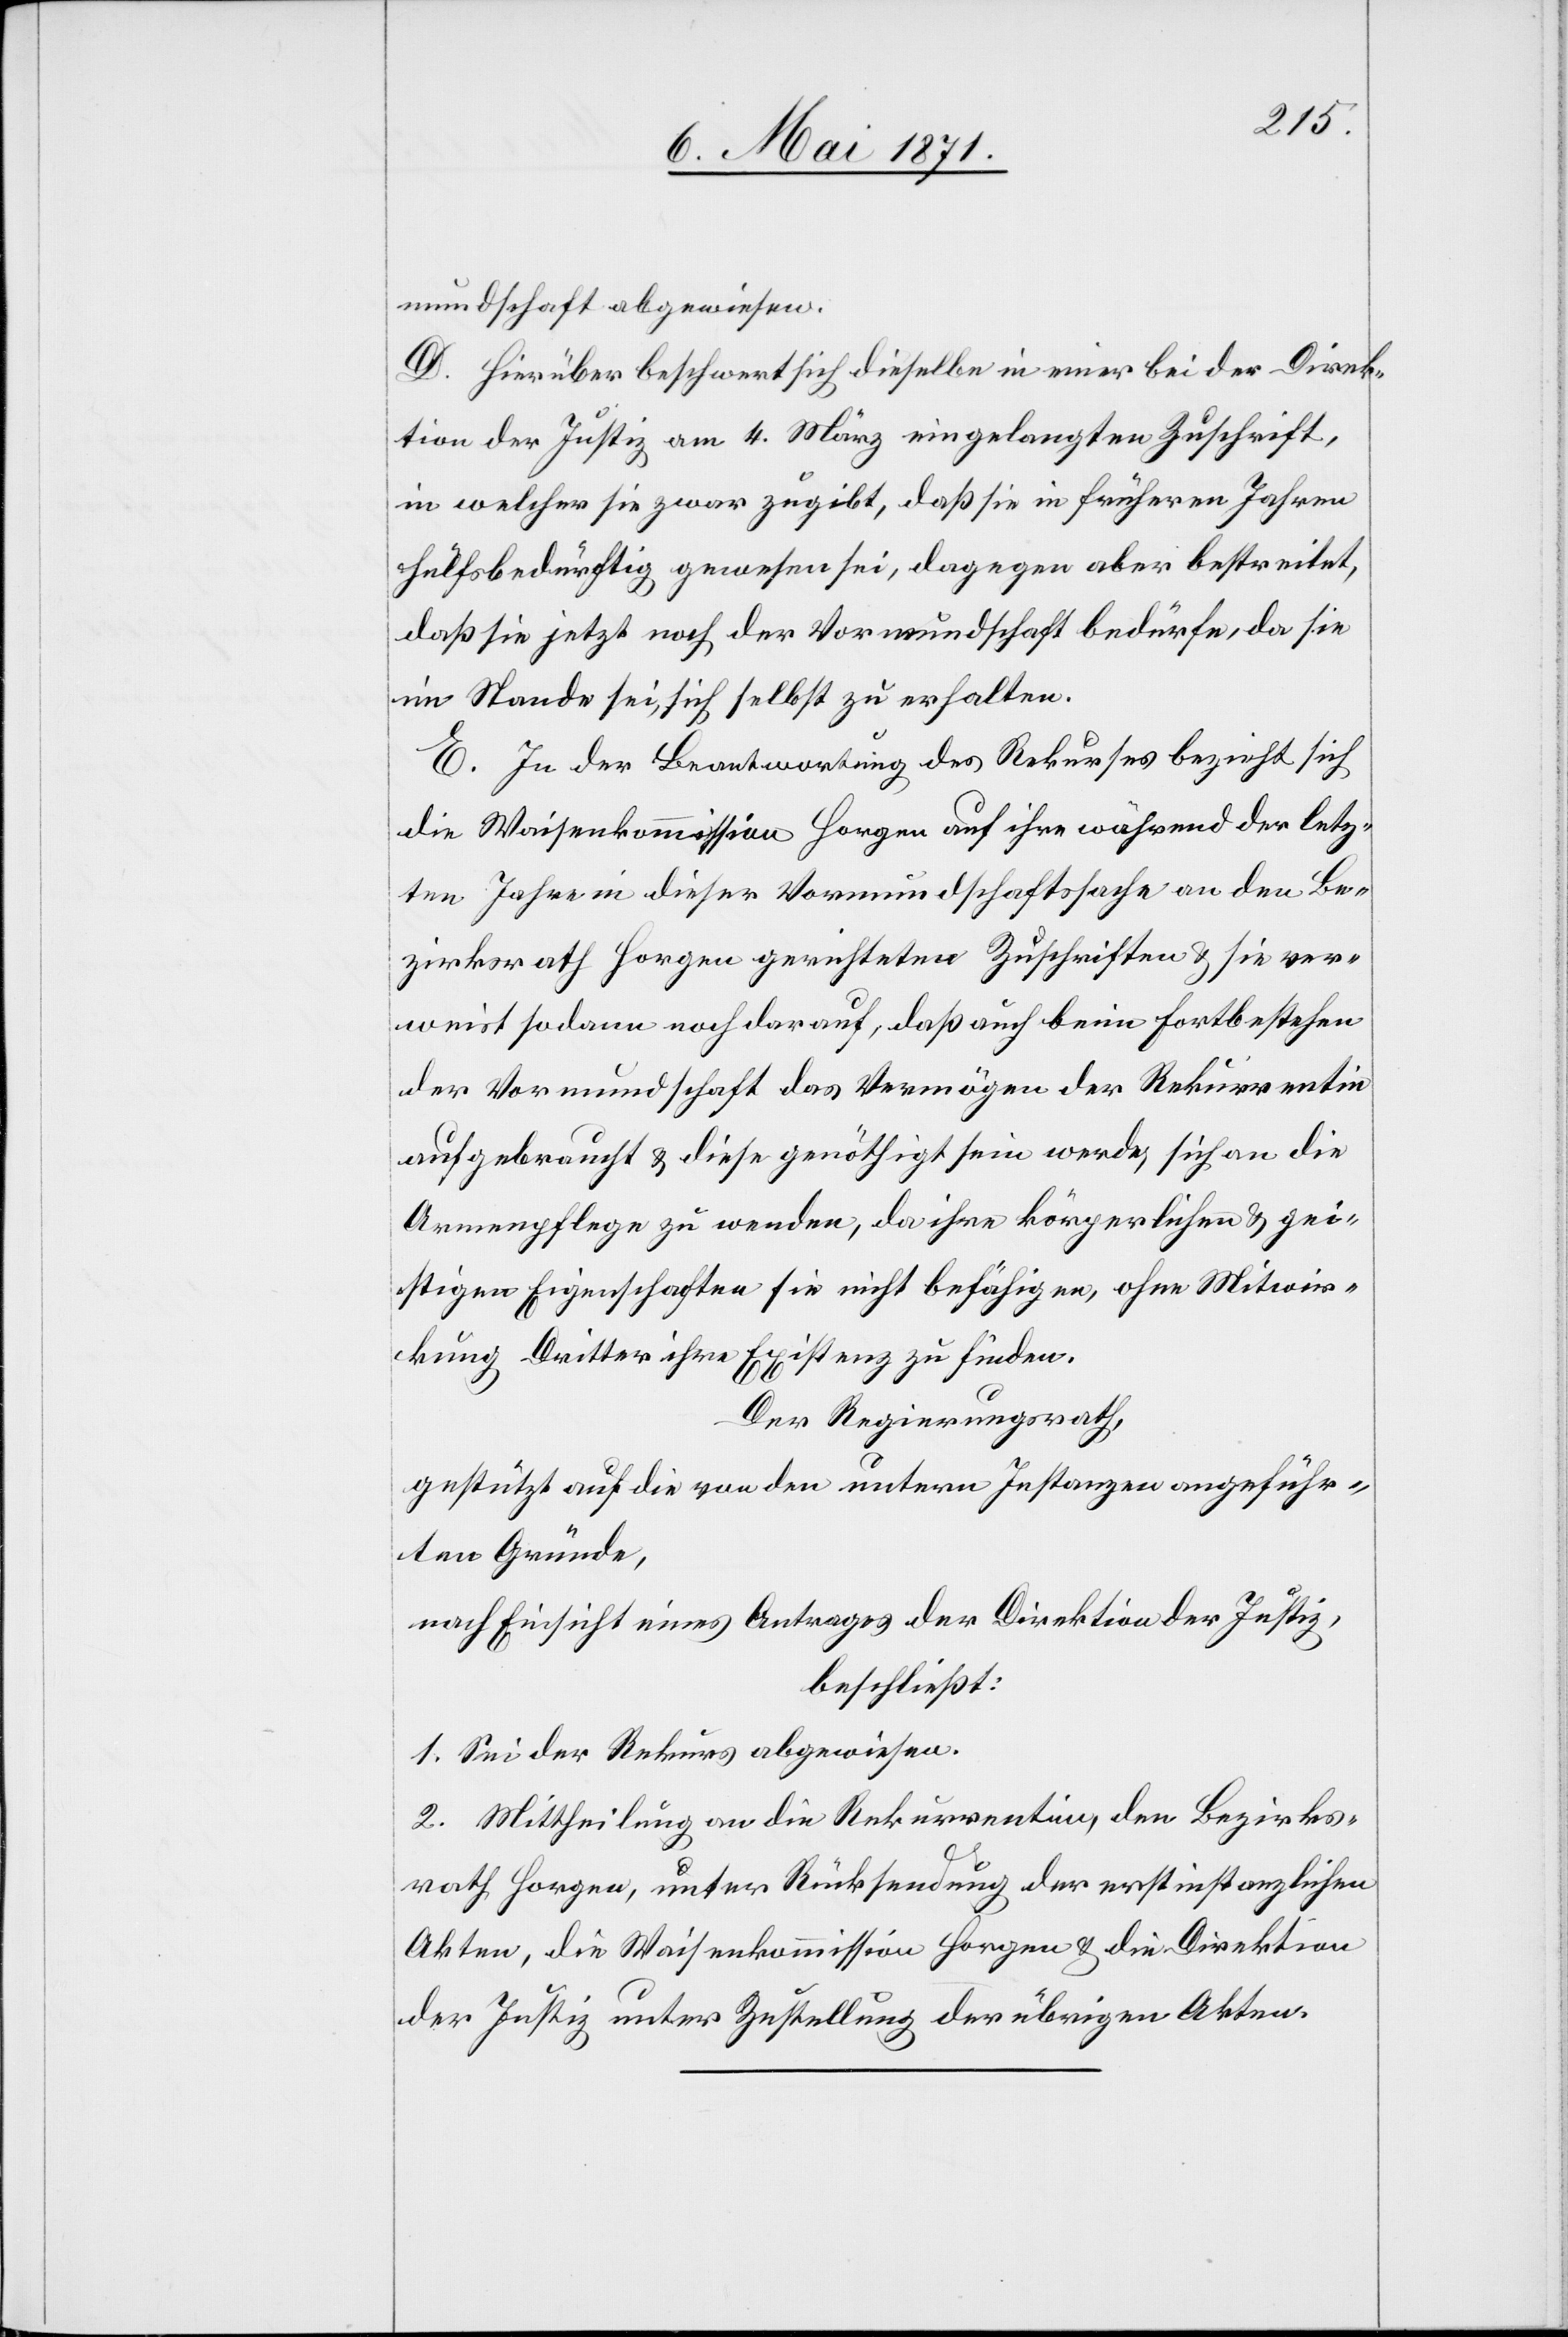
mundschaft abgewiesen.
D. Hierüber beschwert sich dieselbe in einer bei der Direk¬
tion der Justiz am 4. März eingelangten Zuschrift,
in welcher sie zwar zugibt, daß sie in früheren Jahren
hülfsbedürftig gewesen sei, dagegen aber bestreitet,
daß sie jetzt noch der Vormundschaft bedürfe, da sie
im Stande sei, sich selbst zu erhalten.
E. In der Beantwortung des Rekurses bezieht sich
die Waisenkommission Horgen auf ihre während der letz¬
ten Jahre in dieser Vormundschaftssache an den Be¬
zirksrath Horgen gerichteten Zuschriften u. sie ver¬
weist sodann noch darauf, daß auch beim Fortbestehen
der Vormundschaft das Vermögen der Rekurrentin
aufgebraucht u. diese genöthigt sein werde, sich an die
Armenpflege zu wenden, da ihre körperlichen u. gei¬
stigen Eigenschaften sie nicht befähigen, ohne Mitwir¬
ken Dritter ihre Existenz zu finden.
Der Regierungsrath,
gestützt auf die von den untern Instanzen angeführ¬
ten Gründe,
nach Einsicht eines Antrages der Direktion der Justiz,
beschließt:
1. Sei der Rekurs abgewiesen.
2. Mittheilung an die Rekurrentin, den Bezirks¬
rath Horgen, unter Rücksendung der erstinstanzlichen
Akten, die Waisenkommission Horgen u. die Direktion
der Justiz unter Zustellung der übrigen Akten.